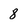
Character: 8